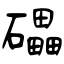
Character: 礧